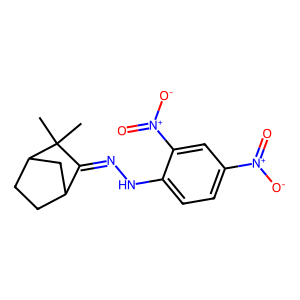
SMILES: CC1(C)C(=NNc2ccc([N+](=O)[O-])cc2[N+](=O)[O-])C2CCC1C2
Inhibits HIV replication: No